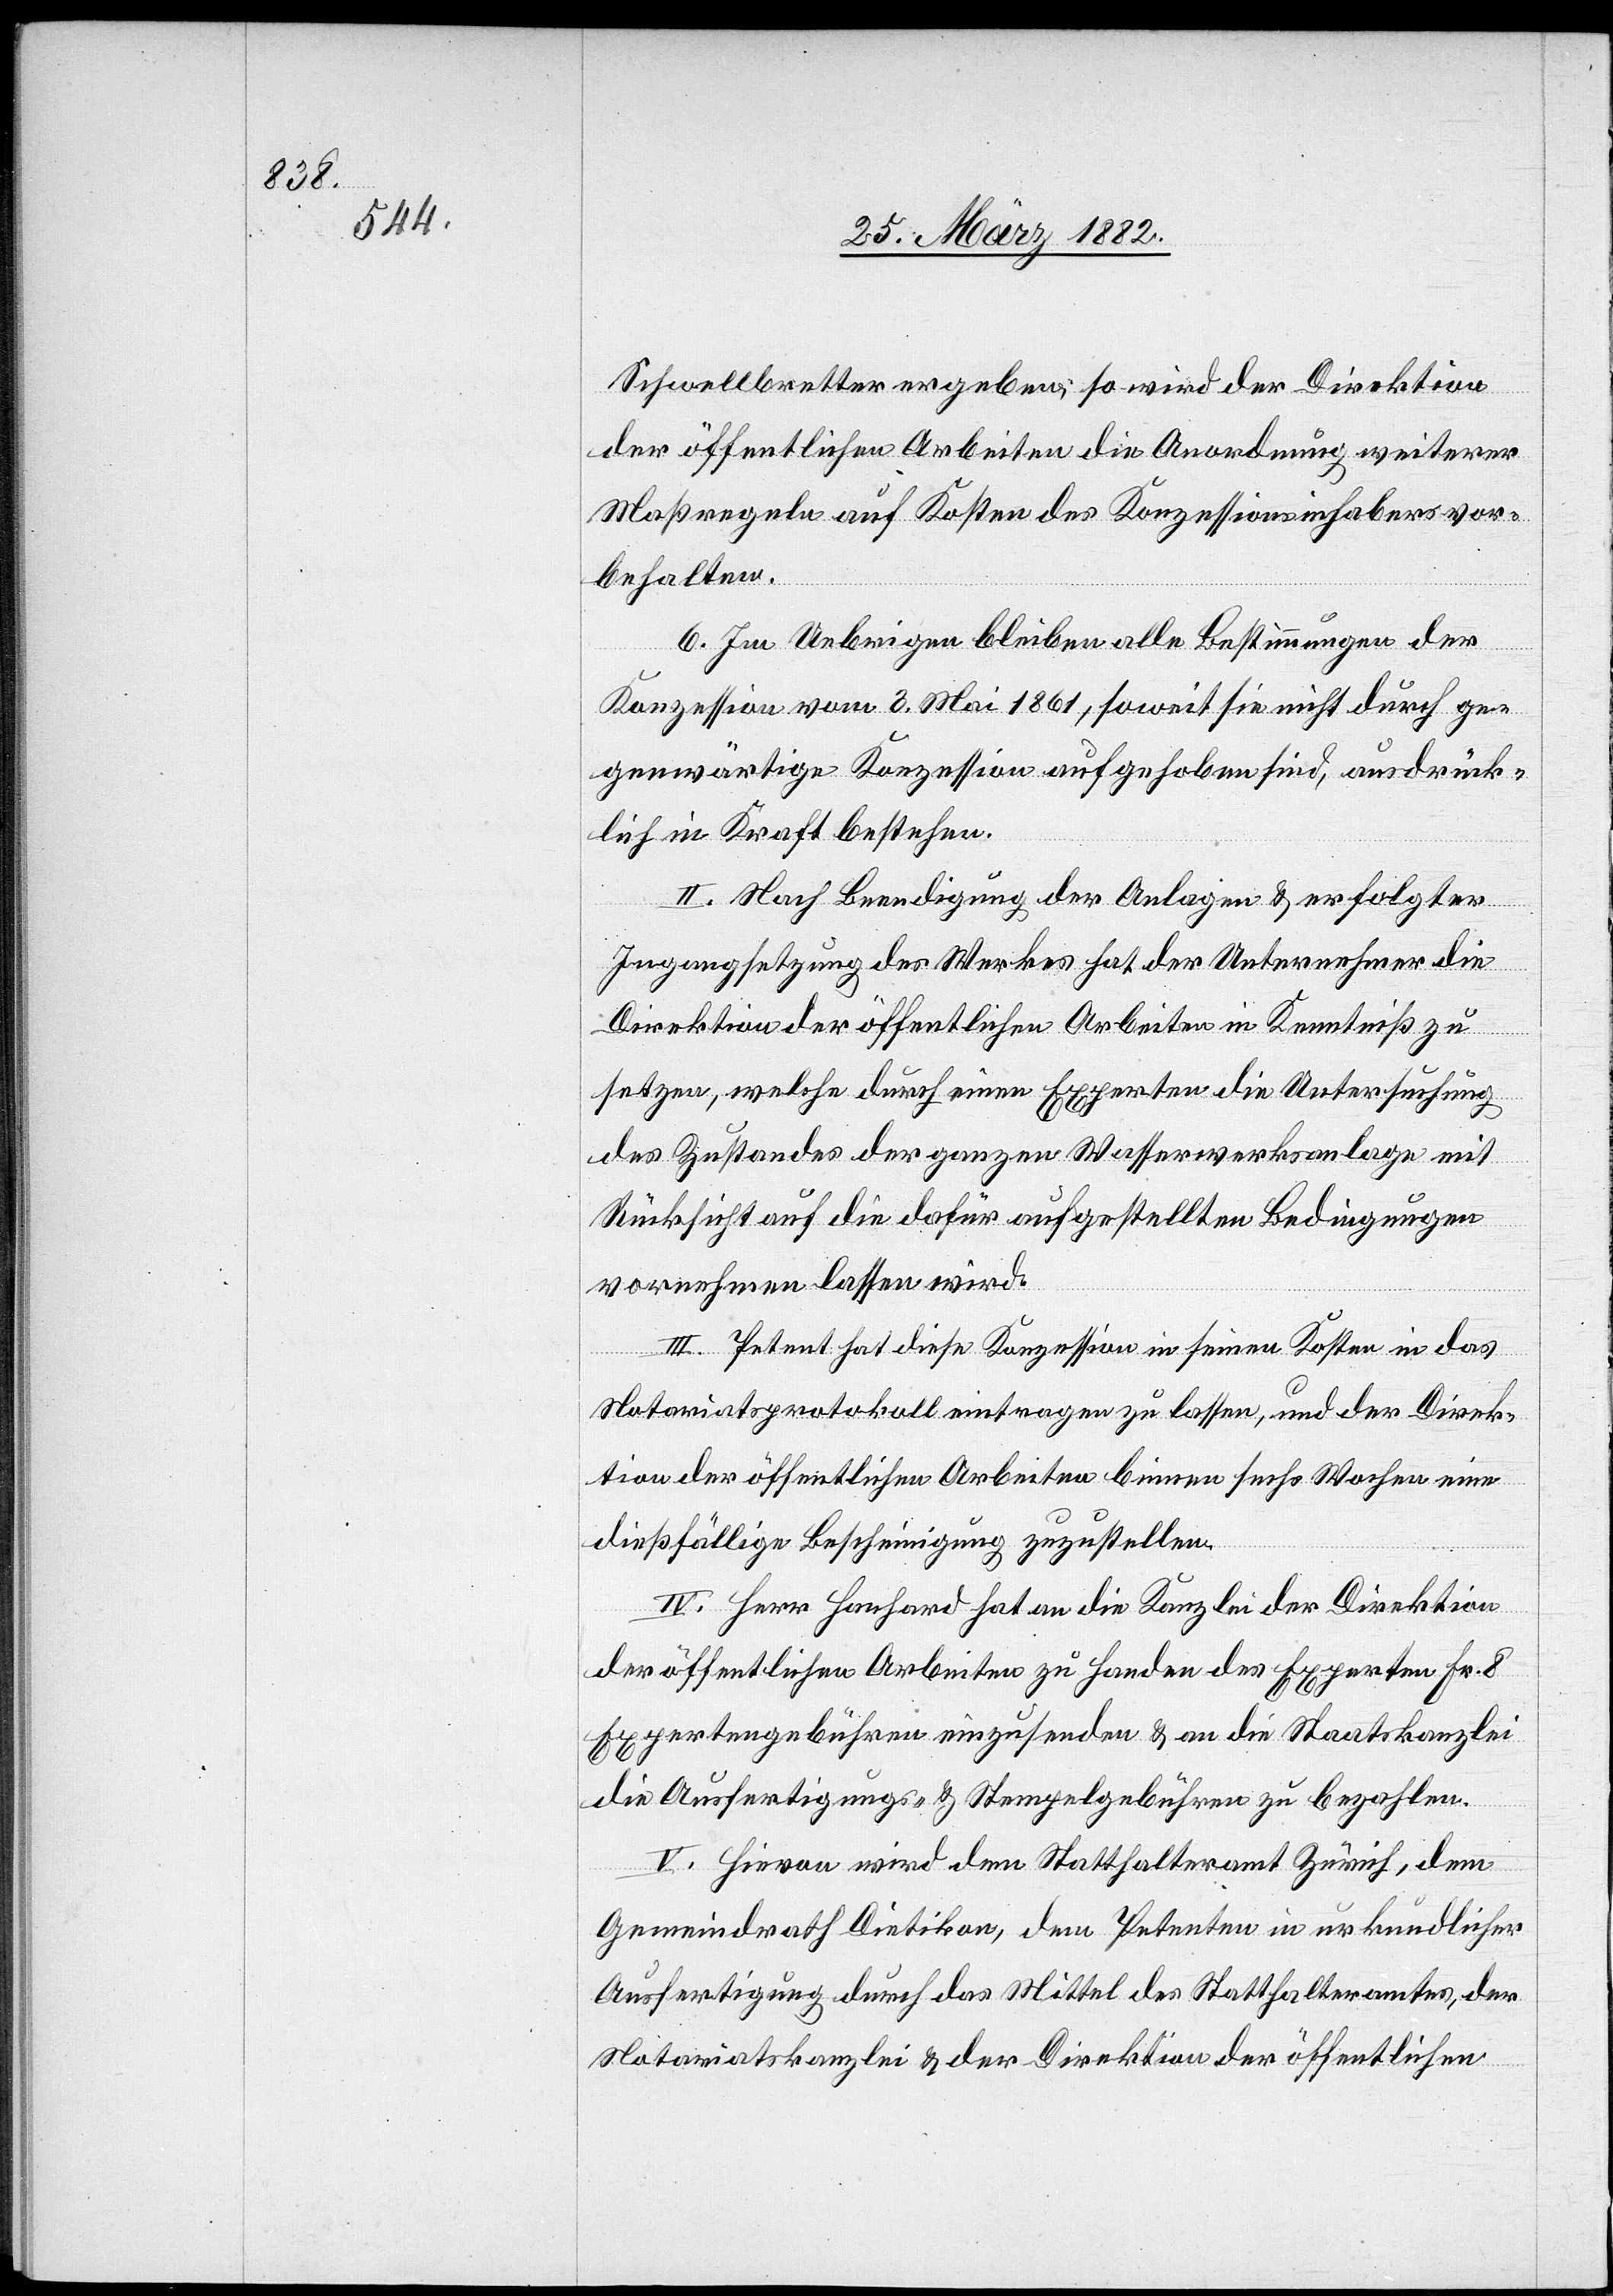
Schwellbretter ergeben; so wird der Direktion
der öffentlichen Arbeiten die Anordnung weiterer
Maßregeln auf Kosten des Konzessionsinhabers vor¬
behalten.
6. Im Uebrigen bleiben alle Bestimmungen der
Konzession vom 3. Mai 1861, soweit sie nicht durch ge¬
genwärtige Konzession aufgehoben sind, ausdrück¬
lich in Kraft bestehen.
II. Nach Beendigung der Anlage & erfolgter
Instandsetzung des Werkes hat der Unternehmer die
Direktion der öffentlichen Arbeiten in Kenntniß zu
setzen, welche durch einen Experten die Untersuchung
des Zustandes der ganzen Wasserwerkanlage mit
Rücksicht auf die dafür aufgestellten Bedingungen
vornehmen lassen wird.
III. Petent hat diese Konzession in seinen Kosten in das
Notariatsprotokoll eintragen zu lassen, und der Direk¬
tion der öffentlichen Arbeiten binnen sechs Wochen eine
dießfällige Bescheinigung zuzustellen.
IV. Herr Hanhart hat an die Kanzlei der Direktion
der öffentlichen Arbeiten zu Handen des Experten Fr. 8
Expertengebühren einzusenden & an die Staatskanzlei
die Ausfertigungs- & Stempelgebühr zu bezahlen.
V. Hievon wird dem Statthalteramt Zürich, dem
Gemeindrath Dietikon, dem Petenten in urkundlicher
Ausfertigung durch das Mittel des Statthalteramtes, der
Notariatskanzlei & der Direktion der öffentlichen